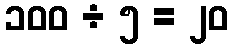
၁၀၀ ÷ ၅ = ၂၀